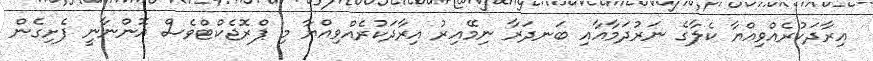
އިރާދަކުރެއްވިއްޔާ ކެލާގެ ނަރުދަމާއާއި ބަނދަރާ ނިމޭއިރު އިރާދަކުރެއްވިއްޔާ މި ޕްރޮޖެކްޓްވެސް އޮންނާނީ ފެށިގެން